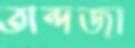
তান্দজা